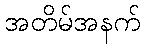
အတိမ်အနက်